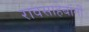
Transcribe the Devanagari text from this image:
रावसाहेबांनीं